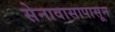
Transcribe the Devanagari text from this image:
सेनावासापासून